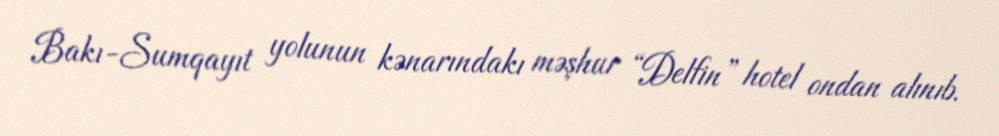
Bakı-Sumqayıt yolunun kənarındakı məşhur “Delfin” hotel ondan alınıb.